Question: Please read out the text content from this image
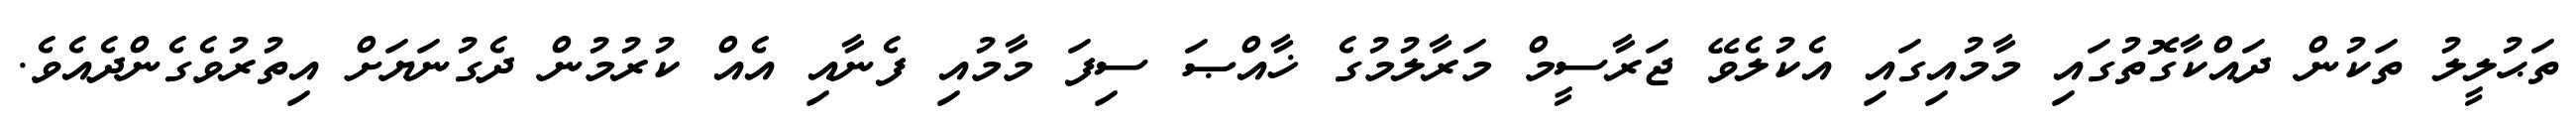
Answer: ތަޙުލީލު ތަކުން ދައްކާގޮތުގައި މާމުއިގައި އެކުލެވޭ ޖަރާސީމް މަރާލުމުގެ ޚާއްޞަ ސިފަ މާމުއި ފެނާއި އެއް ކުރުމުން ދެގުނަޔަށް އިތުރުވެގެންދެއެވެ.